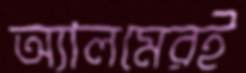
অ্যালমেরই